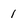
Character: 1